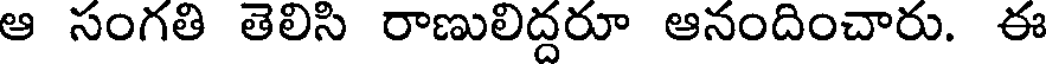
ఆ సంగతి తెలిసి రాణులిద్దరూ ఆనందించారు. ఈ